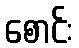
စောင်း